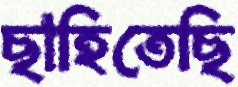
ছাহিতেছি